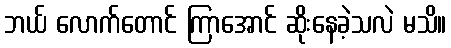
ဘယ် လောက်တောင် ကြာအောင် ဆိုးနေခဲ့သလဲ မသိ။